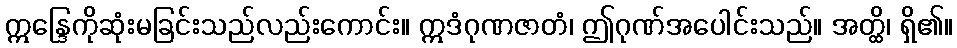
ဣန္ဒြေကိုဆုံးမခြင်းသည်လည်းကောင်း။ ဣဒံဂုဏဇာတံ၊ ဤဂုဏ်အပေါင်းသည်။ အတ္ထိ၊ ရှိ၏။